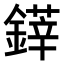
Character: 𨫽